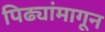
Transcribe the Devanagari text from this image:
पिढ्यांमागून